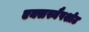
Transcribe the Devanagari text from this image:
एक्सस्नैपशोट